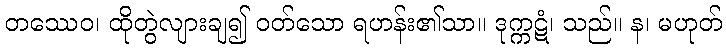
တဿေဝ၊ ထိုတွဲလျားချ၍ ဝတ်သော ရဟန်း၏သာ။ ဒုက္ကဋံ၊ သည်။ န၊ မဟုတ်